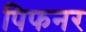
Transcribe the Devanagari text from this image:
पिफनर